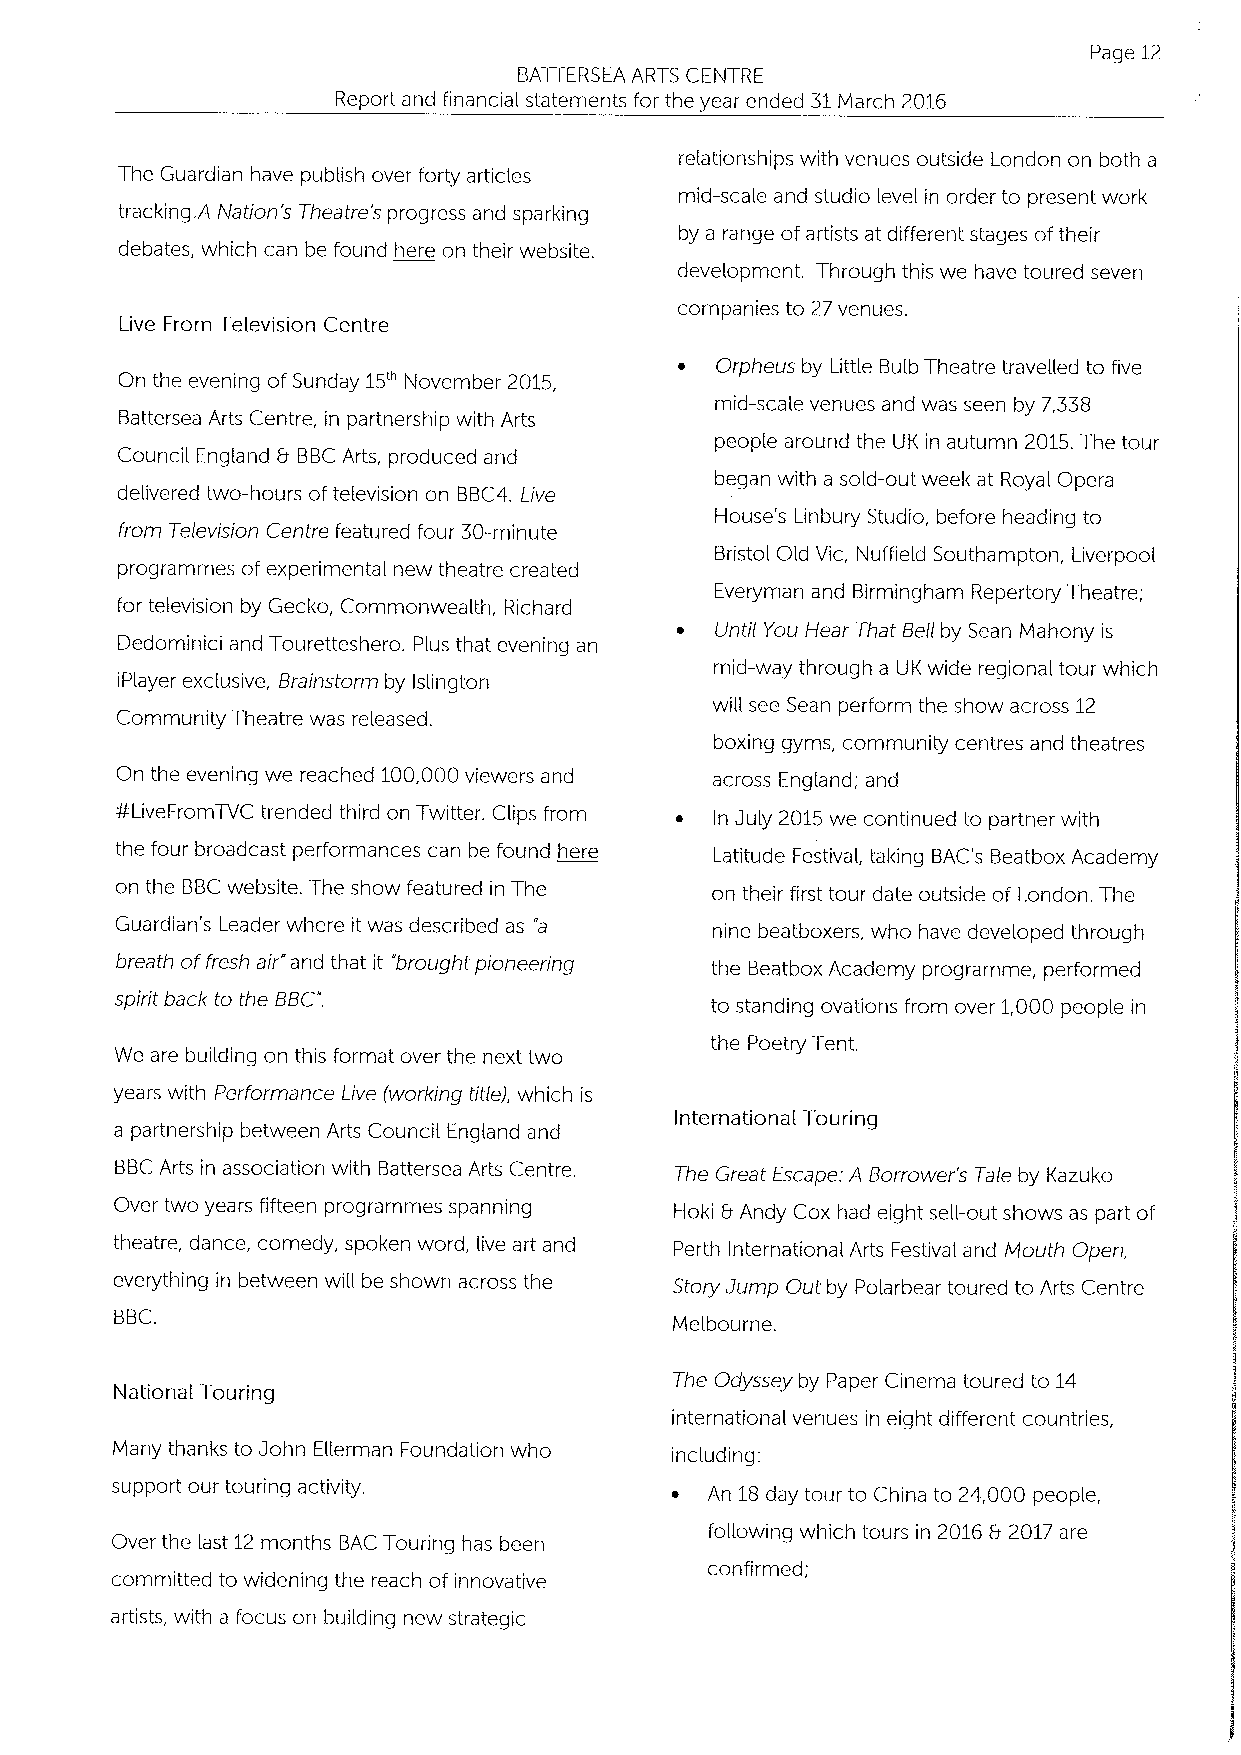
Page 12
 BATTERSEA ARTS CENTRE
 Report and financial statements for the year ended 31March 2016
 relationships with venues outside London on both a
 The Guardian have publish over forty articles
 mid-scale and studio level in order to present work
 tracking. A Nation's Theatre's progress and sparking
 by a range ofartists at different stages oftheir
 debates, which can be found here on their website.
 development. Through this we have toured seven
 companies to 27venues.
 Live From Television Centre
 ~ Orpheus by Little Bulb Theatre traveHed to five
 On the evening of Sunday 15'"November 2015,
 mid-scale venues and was seen by 7,338
 Battersea Arts Centre, in partnership with Arts
 people around the UK in autumn 2015.The tour
 Council England b BBCArts, produced and
 began with a sold-out week at Royal Opera
 delivered two-hours oftelevision on BBC4.Live
 House's Linbury Studio, before heading to
 from Television Centre featured four 30-minute
 Bristol Old Vic, Nuffield Southampton, Liverpool
 programmes of experimental new theatre created
 Everyman and Birmingham Repertory Theatre;
 for television by Gecko, Commonwealth, Richard
 ~ until You Hear That Bell by Sean Mahony is
 Dedominici and Touretteshero. Plus that evening an
 mid-way through a UK wide regional tour which
 iPlayer exclusive, Brainstorm by Islington
 will see Sean perform the show across 12
 Community Theatre was released.
 boxing gyms, community centres and theatres
 On the evening we reached 100,000viewers and across England; and
 PLiveFromTVC trended third on Twitter. Clips from ~ In July 2015we continued to partner with
 the four broadcast performances can be found here Latitude Festival, taking BAC's Beatbox Academy
 on the BBCwebsite. The show featured in The on their first tour date outside of London. The
 Guardian's Leader where it was described as a nine beatboxers, who have developed through
 breath offresh air and that it "brought pioneering the Beatbox Academy programme, performed
 spirit back to the BBC.                to standing ovations from over 1,000 people in
 the Poetry Tent.
 We are building on this format over the next two
 years with Performance Live (working title), which is
 International Touring
 a partnership between Arts Council England and
 BBCArts in association with Battersea Arts Centre. The Great Escape: A Borrower's Tale by Kazuko
 Over two years fifteen programmes spanning Hoki 8 Andy Cox had eight sell-out shows as part of
 theatre, dance, comedy, spoken word, live art and Perth international Arts Festival and Mouth Open,
 everything in between will be shown across the Story Jump Out by Polarbear toured to Arts Centre
 BBC.
 Melbourne.
 The Odyssey by Paper Cinema toured to 14
 National Touring
 international venues in eight different countries,
 Many thanks to John Ellerman Foundation who including:
 support our touring activity.        ~  An 18day tour to China to 24,000 people,
 Over the last 12months BAC Touring has been following which tours in 2016b 2017are
 confirmed;
 committed to widening the reach of innovative
 artists, with a focus on building new strategic